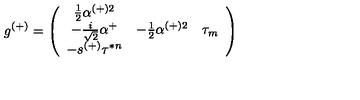
g ^ { ( + ) } = \left( \begin{array} { c c c } { \frac { 1 } { 2 } \alpha ^ { ( + ) 2 } } & { } & { } \\ { - \frac { i } { \sqrt { 2 } } \alpha ^ { + } } & { - \frac { 1 } { 2 } \alpha ^ { ( + ) 2 } } & { \tau _ { m } } \\ { - s ^ { ( + ) } \tau ^ { * n } } & { } & { } \\ \end{array} \right)